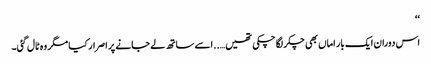
‘‘
اس دوران ایک بار اماں بھی چکر لگا چکی تھیں…..اسے ساتھ لے جانے پر اصرار کیا مگر وہ ٹال گئی۔